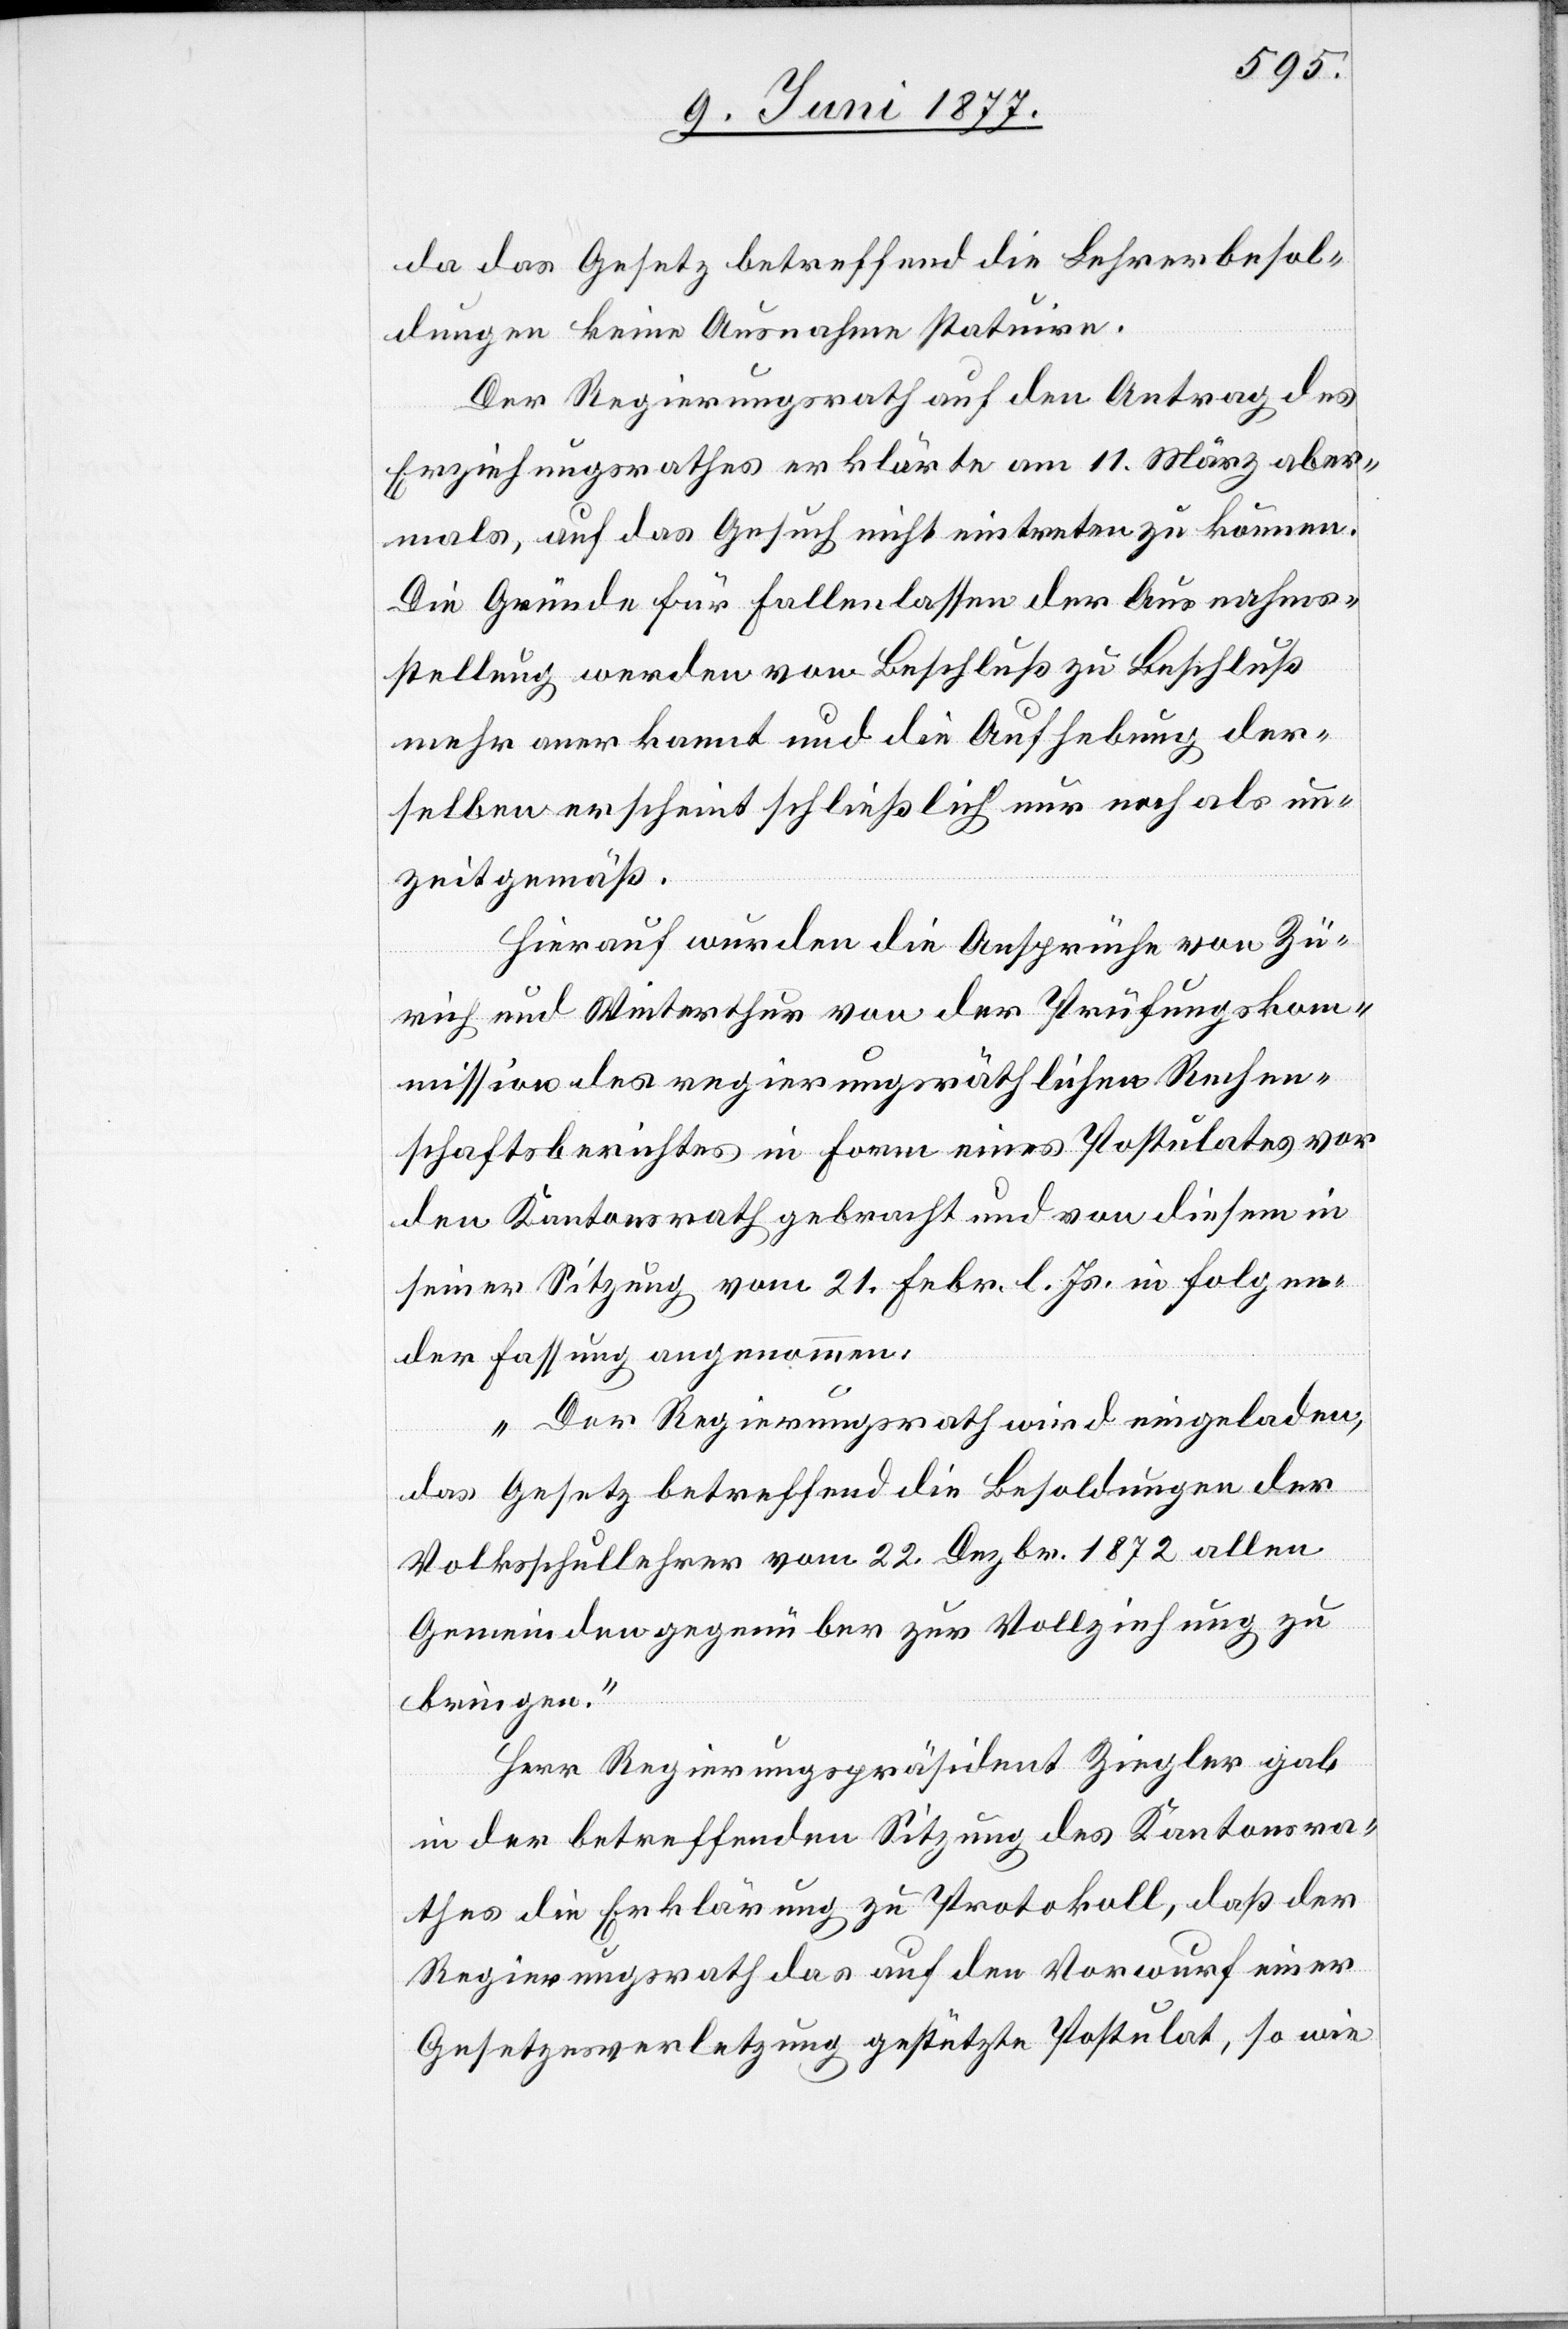
da das Gesetz betreffend die Lehrerbesol¬
dungen keine Ausnahme statuire.
Der Regierungsrath auf den Antrag des
Erziehungsrathes erklärte am 11. März aber¬
mals, auf das Gesuch nicht eintreten zu können.
Die Gründe für Fallenlassen der Ausnahms¬
stellung werden von Beschluß zu Beschluß
mehr anerkannt und die Aufhebung der¬
selben erscheint schließlich nur noch als un¬
zeitgemäß.
Hierauf wurden die Ansprüche von Zü¬
rich und Winterthur von der Prüfungskom¬
mission des regierungsräthlichen Rechen¬
schaftsberichtes in Form eines Postulates vor
den Kantonsrath gebracht und von diesem in
seiner Sitzung vom 21. Febr. l. Js. in folgen¬
der Fassung angenommen:
„Der Regierungsrath wird eingeladen,
das Gesetz betreffend die Besoldungen der
Volksschullehrer vom 22. Dezbr. 1872 allen
Gemeinden gegenüber zur Vollziehung zu
bringen.
Herr Regierungspräsident Ziegler gab
in der betreffenden Sitzung des Kantonsra¬
thes die Erklärung zu Protokoll, daß der
Regierungsrath das auf den Vorwurf einer
Gesetzesverletzung gestützte Postulat, so wie